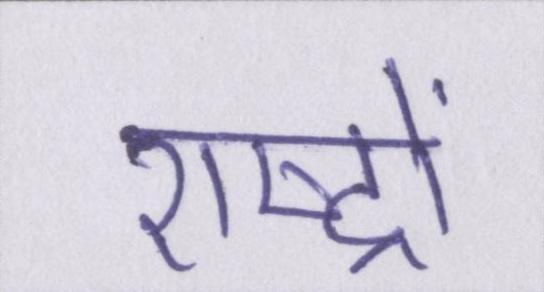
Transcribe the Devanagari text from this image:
राष्ट्रों